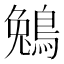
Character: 鵵